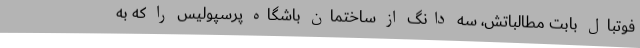
فوتبال بابت مطالباتش، سه دانگ از ساختمان باشگاه پرسپولیس را که به